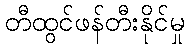
တီထွင်ဖန်တီးနိုင်မှု